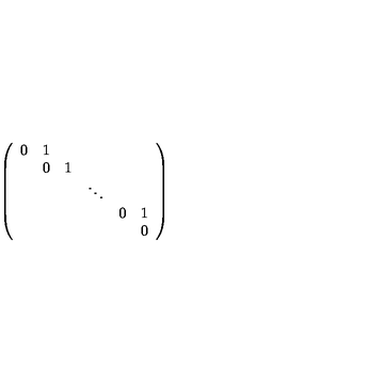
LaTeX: \left( \begin{array} { c c c c c c } { 0 } & { 1 } & { } & { } & { } & { } \\ { } & { 0 } & { 1 } & { } & { } & { } \\ { } & { } & { } & { \ddots } & { } & { } \\ { } & { } & { } & { } & { 0 } & { 1 } \\ { } & { } & { } & { } & { } & { 0 } \\ \end{array} \right)